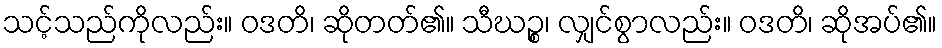
သင့်သည်ကိုလည်း။ ဝဒတိ၊ ဆိုတတ်၏။ သီဃဉ္စ၊ လျှင်စွာလည်း။ ဝဒတိ၊ ဆိုအပ်၏။